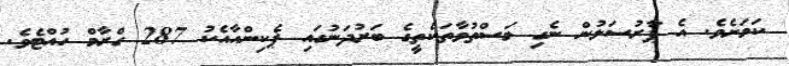
ކަމަށެވެ. އެ ޕާރުސަލުން ނެގި މަސްތުވާތަކެތީގެ ބަރުދަނުގައި ޕެކިންއާއެކު 287 ގްރާމް ހުއްޓެވެ.